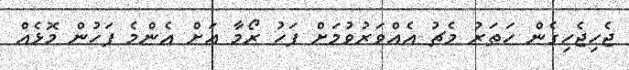
ޖެހިޖެހިގެން ހަތަރު މެޗު އެއްވަރުވުމަށް ފަހު ރޯމާ އަށް އެންމެ ފަހުން މޮޅެއް